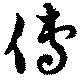
傅